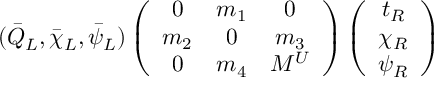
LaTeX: ( \bar { Q } _ { L } , \bar { \chi } _ { L } , \bar { \psi } _ { L } ) \left( \begin{array} { c c c } { { 0 } } & { { m _ { 1 } } } & { { 0 } } \\ { { m _ { 2 } } } & { { 0 } } & { { m _ { 3 } } } \\ { { 0 } } & { { m _ { 4 } } } & { { M ^ { U } } } \end{array} \right) \left( \begin{array} { c } { { t _ { R } } } \\ { { \chi _ { R } } } \\ { { \psi _ { R } } } \end{array} \right)